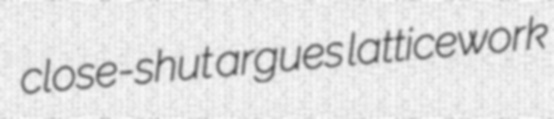
close-shut argues latticework